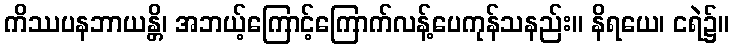
ကိဿပနဘာယန္တိ၊ အဘယ့်ကြောင့်ကြောက်လန့်ပေကုန်သနည်း။ နိရယေ၊ ငရဲ၌။